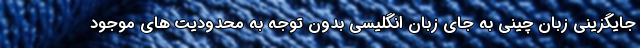
جایگزینی زبان چینی به جای زبان انگلیسی بدون توجه به محدودیت های موجود